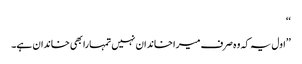
‘‘
’’اول یہ کہ وہ صرف میرا خاندان نہیں تمہارا بھی خاندان ہے۔